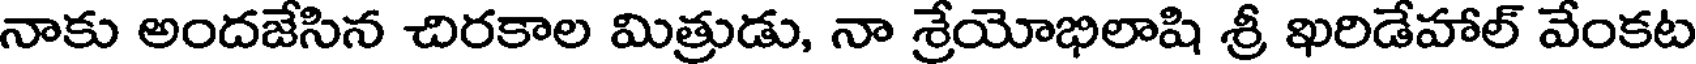
నాకు అందజేసిన చిరకాల మిత్రుడు, నా శ్రేయోభిలాషి శ్రీ ఖరిడేహాల్ వేంకట